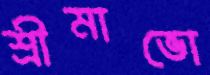
শ্রীমাভো